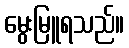
မွေးမြူရသည်။